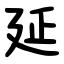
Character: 延